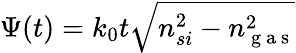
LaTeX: \Psi(t)=k_{0}t\sqrt{n_{si}^{2}-n_{\mathrm{~g~a~s~}}^{2}}